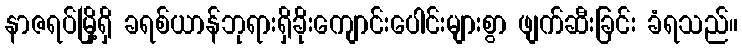
နာဇရပ်မြို့ရှိ ခရစ်ယာန်ဘုရားရှိခိုးကျောင်းပေါင်းများစွာ ဖျက်ဆီးခြင်း ခံရသည်။